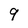
Character: 9